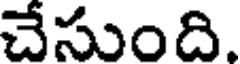
చేసుంది.